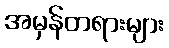
အမှန်တရားများ